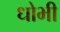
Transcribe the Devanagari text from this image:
धोभी